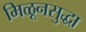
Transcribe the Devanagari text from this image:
मिळूनसुद्धा